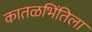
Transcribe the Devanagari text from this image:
कातळभिंतिला